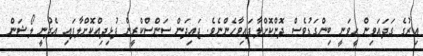
އިރުގެ ގަދައަވިން ހީވަނީ ބިންގަޑުވެސް ދޮންކޮށްލާފައިވާހެންނެވެ. ޖައިދަން ސަންސްކްރީން ފުޅިދިއްކޮށްލާފައި އެދުނީ ލޯޝަން